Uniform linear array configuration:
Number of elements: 4
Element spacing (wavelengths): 0.5
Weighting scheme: exponential
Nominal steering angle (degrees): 0
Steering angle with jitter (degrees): -1.286
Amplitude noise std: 0.05
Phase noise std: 0.05

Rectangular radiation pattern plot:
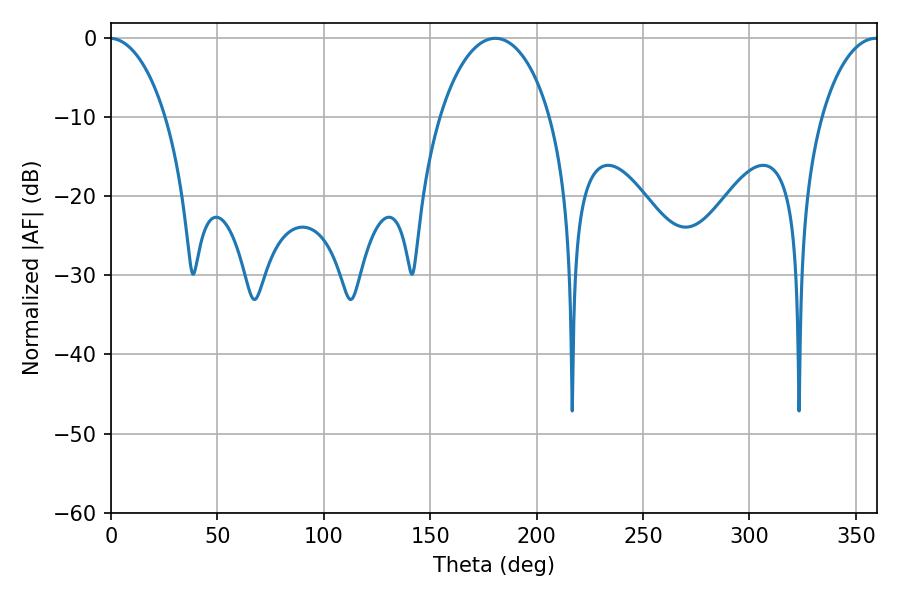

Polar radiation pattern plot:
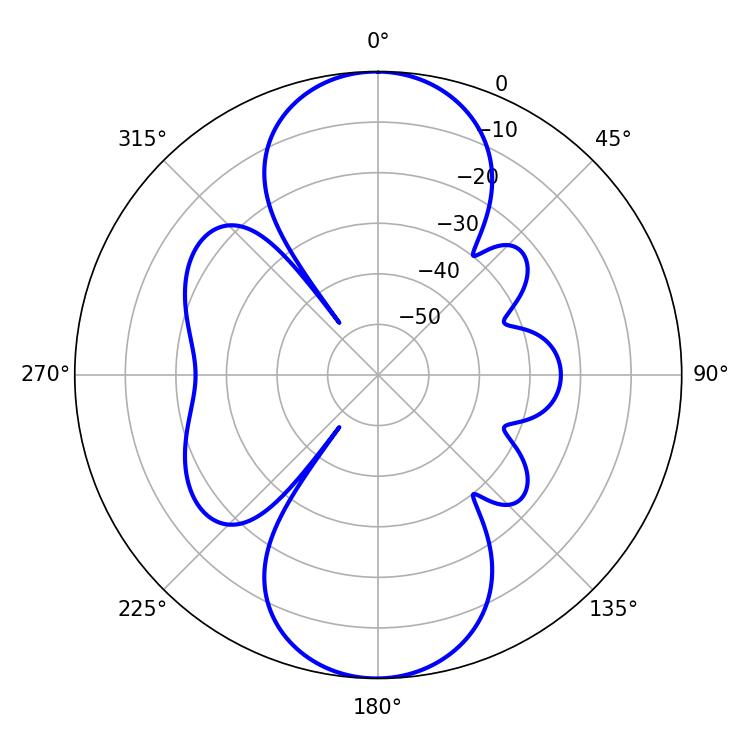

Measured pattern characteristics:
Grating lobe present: FALSE
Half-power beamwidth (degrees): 29.52
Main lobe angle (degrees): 180.54